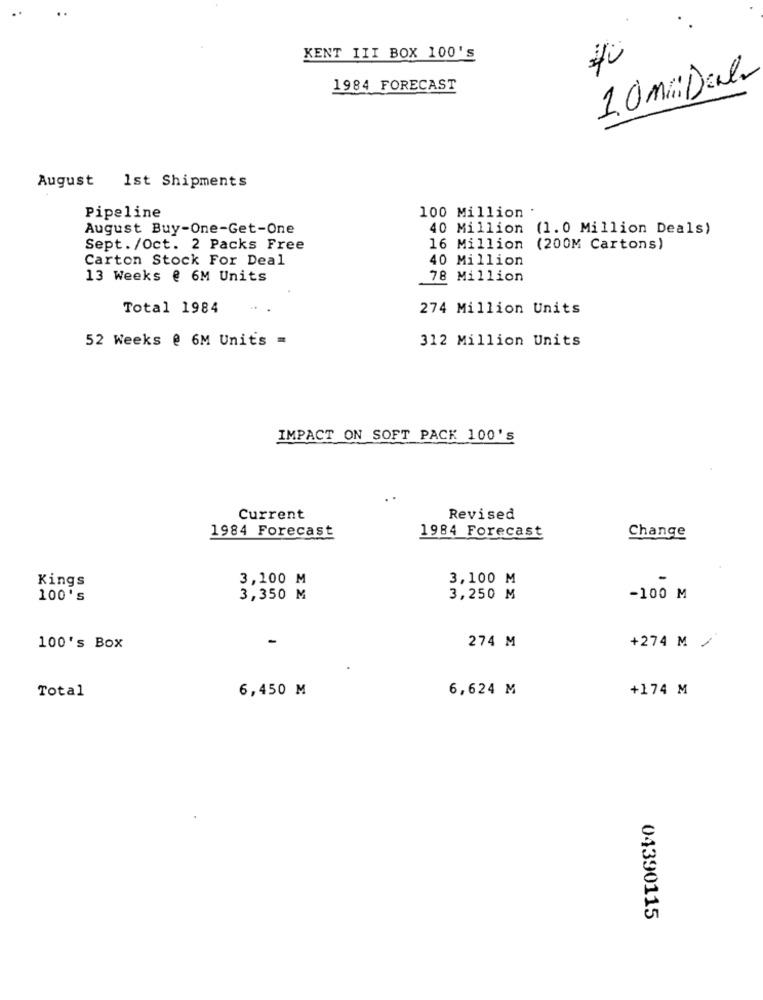
KENT III BOX 100's
40
1.0 Mil Della
1984 FORECAST
August 1st Shipments
100 Million
Pipeline
August Buy-One-Get-One
40 Million (1.0 Million Deals)
Sept./Oct. 2 Packs Free
16 Million
(200M Cartons)
Carton Stock For Deal
40 Million
13 Weeks @ 6M Units
78 Million
Total 1984
274 Million Units
52 Weeks @ 6M Units =
312 Million Units
IMPACT ON SOFT PACK 100's
Current
Revised
1984 Forecast
1984 Forecast
Change
Kings
3,100 M
3,100 M
-
100's
3,350 M
3,250 M
-100 M
-
274 M
+274 M /
100's Box
6,450 M
6,624 M
+174 M
Total
04390115